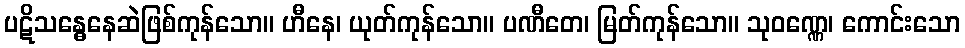
ပဋိသန္ဓေနေဆဲဖြစ်ကုန်သော။ ဟီနေ၊ ယုတ်ကုန်သော။ ပဏီတေ၊ မြတ်ကုန်သော။ သုဝဏ္ဏေ၊ ကောင်းသော